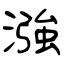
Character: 漒